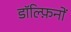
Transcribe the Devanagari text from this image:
डॉल्फ़िनों